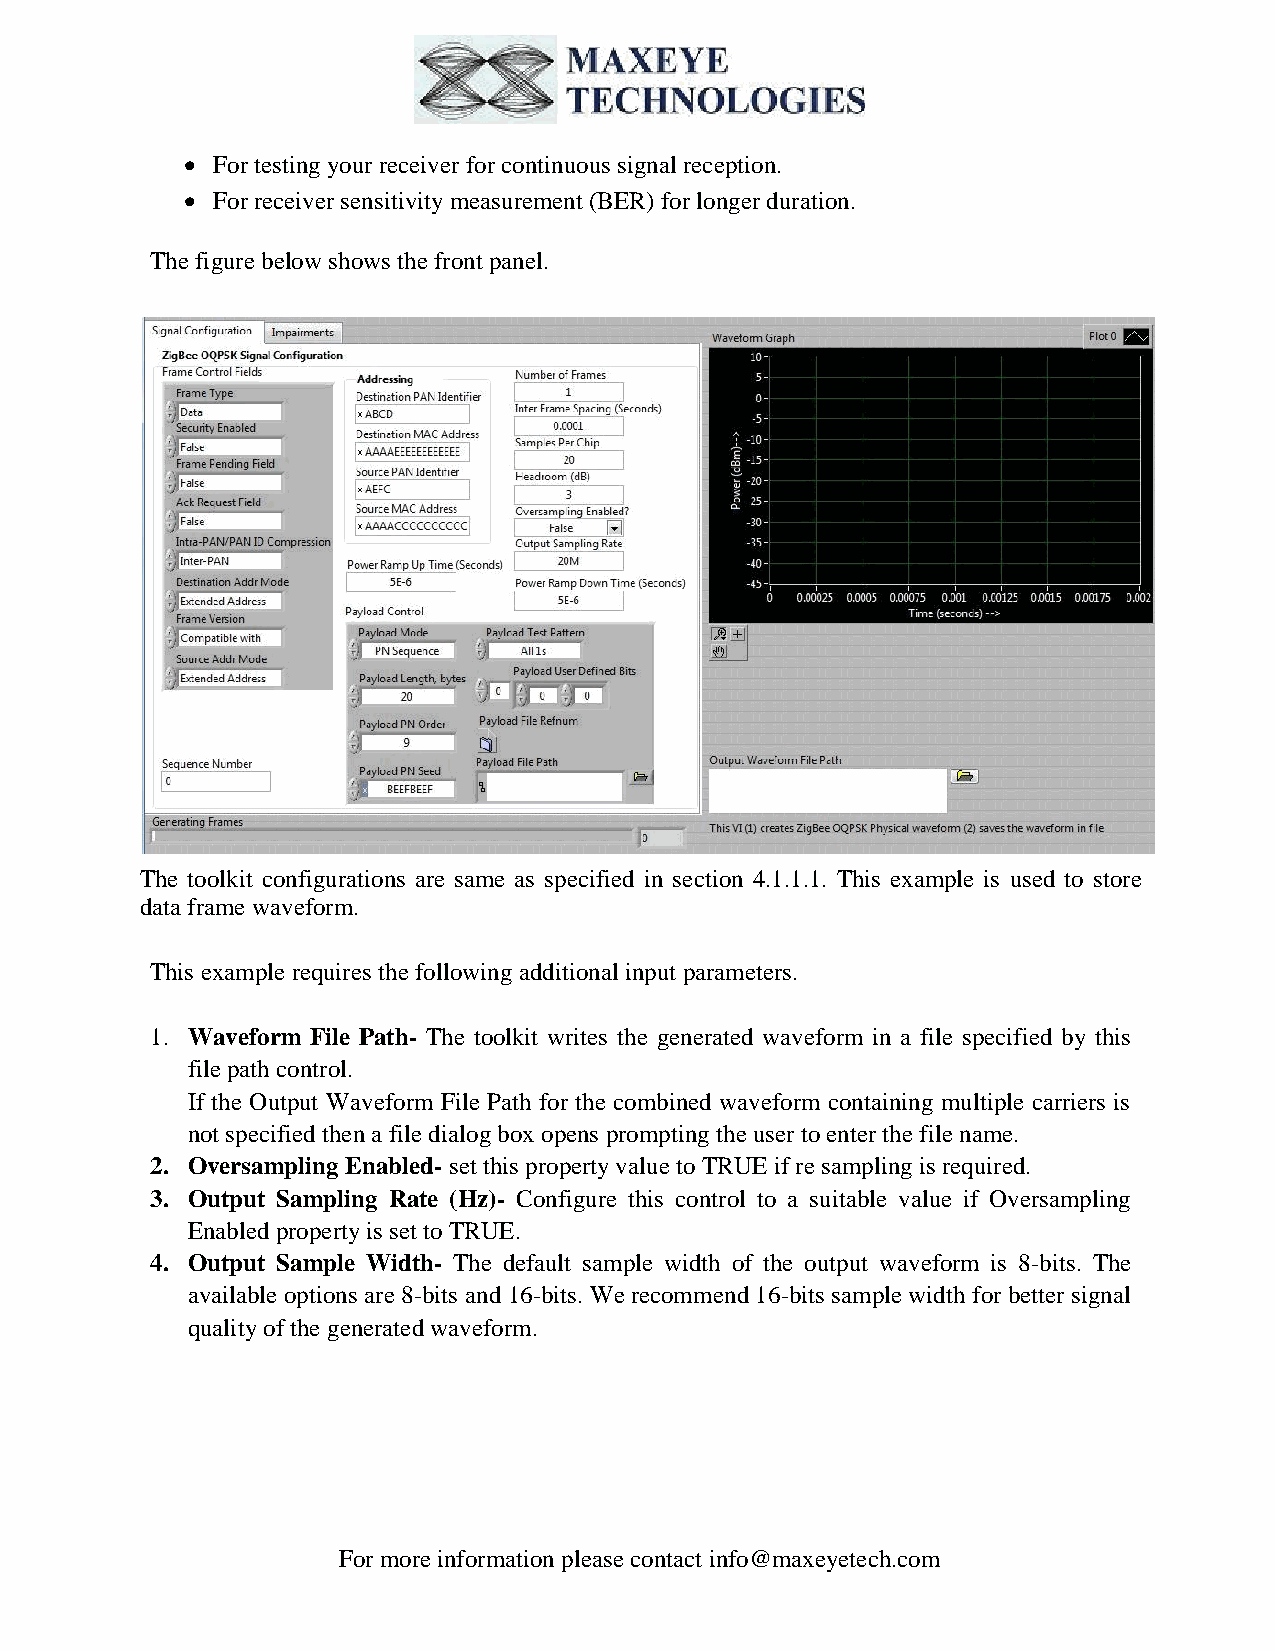
 For testing your receiver for continuous signal reception.
  For receiver sensitivity measurement (BER) for longer duration.
 The figure below shows the front panel.
 The toolkit configurations are same as specified in section 4.1.1.1. This example is used to store
 data frame waveform.
 This example requires the following additional input parameters.
 1. Waveform File Path- The toolkit writes the generated waveform in a file specified by this
 file path control.
 If the Output Waveform File Path for the combined waveform containing multiple carriers is
 not specified then a file dialog box opens prompting the user to enter the file name.
 2. Oversampling Enabled- set this property value to TRUE if re sampling is required.
 3. Output Sampling Rate (Hz)- Configure this control to a suitable value if Oversampling
 Enabled property is set to TRUE.
 4. Output Sample Width- The default sample width of the output waveform is 8-bits. The
 available options are 8-bits and 16-bits. We recommend 16-bits sample width for better signal
 quality of the generated waveform.
 For more information please contact info@maxeyetech.com